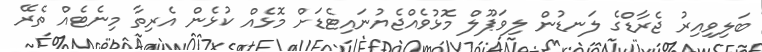
ބަލިވިިއިރު ޖެރާޑްގެ ލަނޑުން ލިވަޕޫލް މޮޅުވެއްޖެޔުނައިޓެޑަށް މޮޅެއް ކުޅެން އެރިތާ މިނެޓެއް ތެރޭ